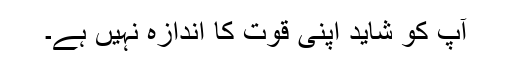
آپ کو شاید اپنی قوت کا اندازہ نہیں ہے۔